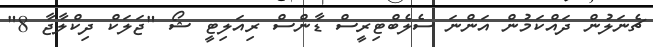
ޗެނަލުން ދައްކަމުން އަންނަ ސެލެބްޓިރީސް ޑާންސް ރިއަލިޓީ ޝޯ "ޖަލަކް ދިކްލާޖާ 8"